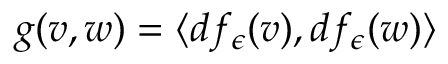
g ( v , w ) = \langle d f _ { \epsilon } ( v ) , d f _ { \epsilon } ( w ) \rangle